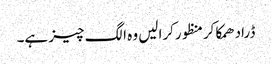
ڈرادھمکاکرمنظورکرالیں وہ الگ چیز ہے۔